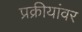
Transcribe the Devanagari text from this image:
प्रक्रीयांवर